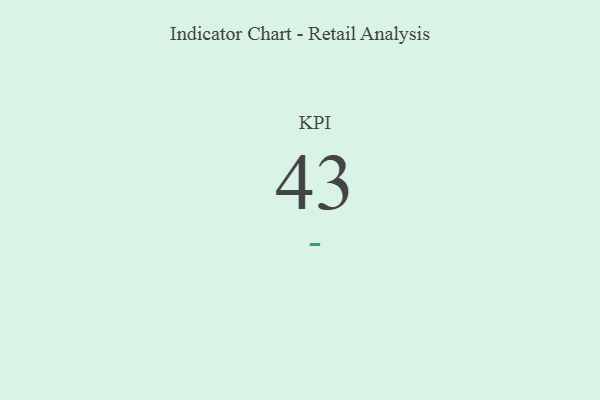
{"axis": {"x": "KPI", "y": "Value"}, "legend": [""], "data": [{"x": "KPI", "y": 43, "type": ""}]}